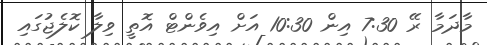
މާދަމާ ރޭ 7:30 އިން 10:30 އަށް އިވެންޓް އޮތީ ވިލާ ކޮލެޖުގައި